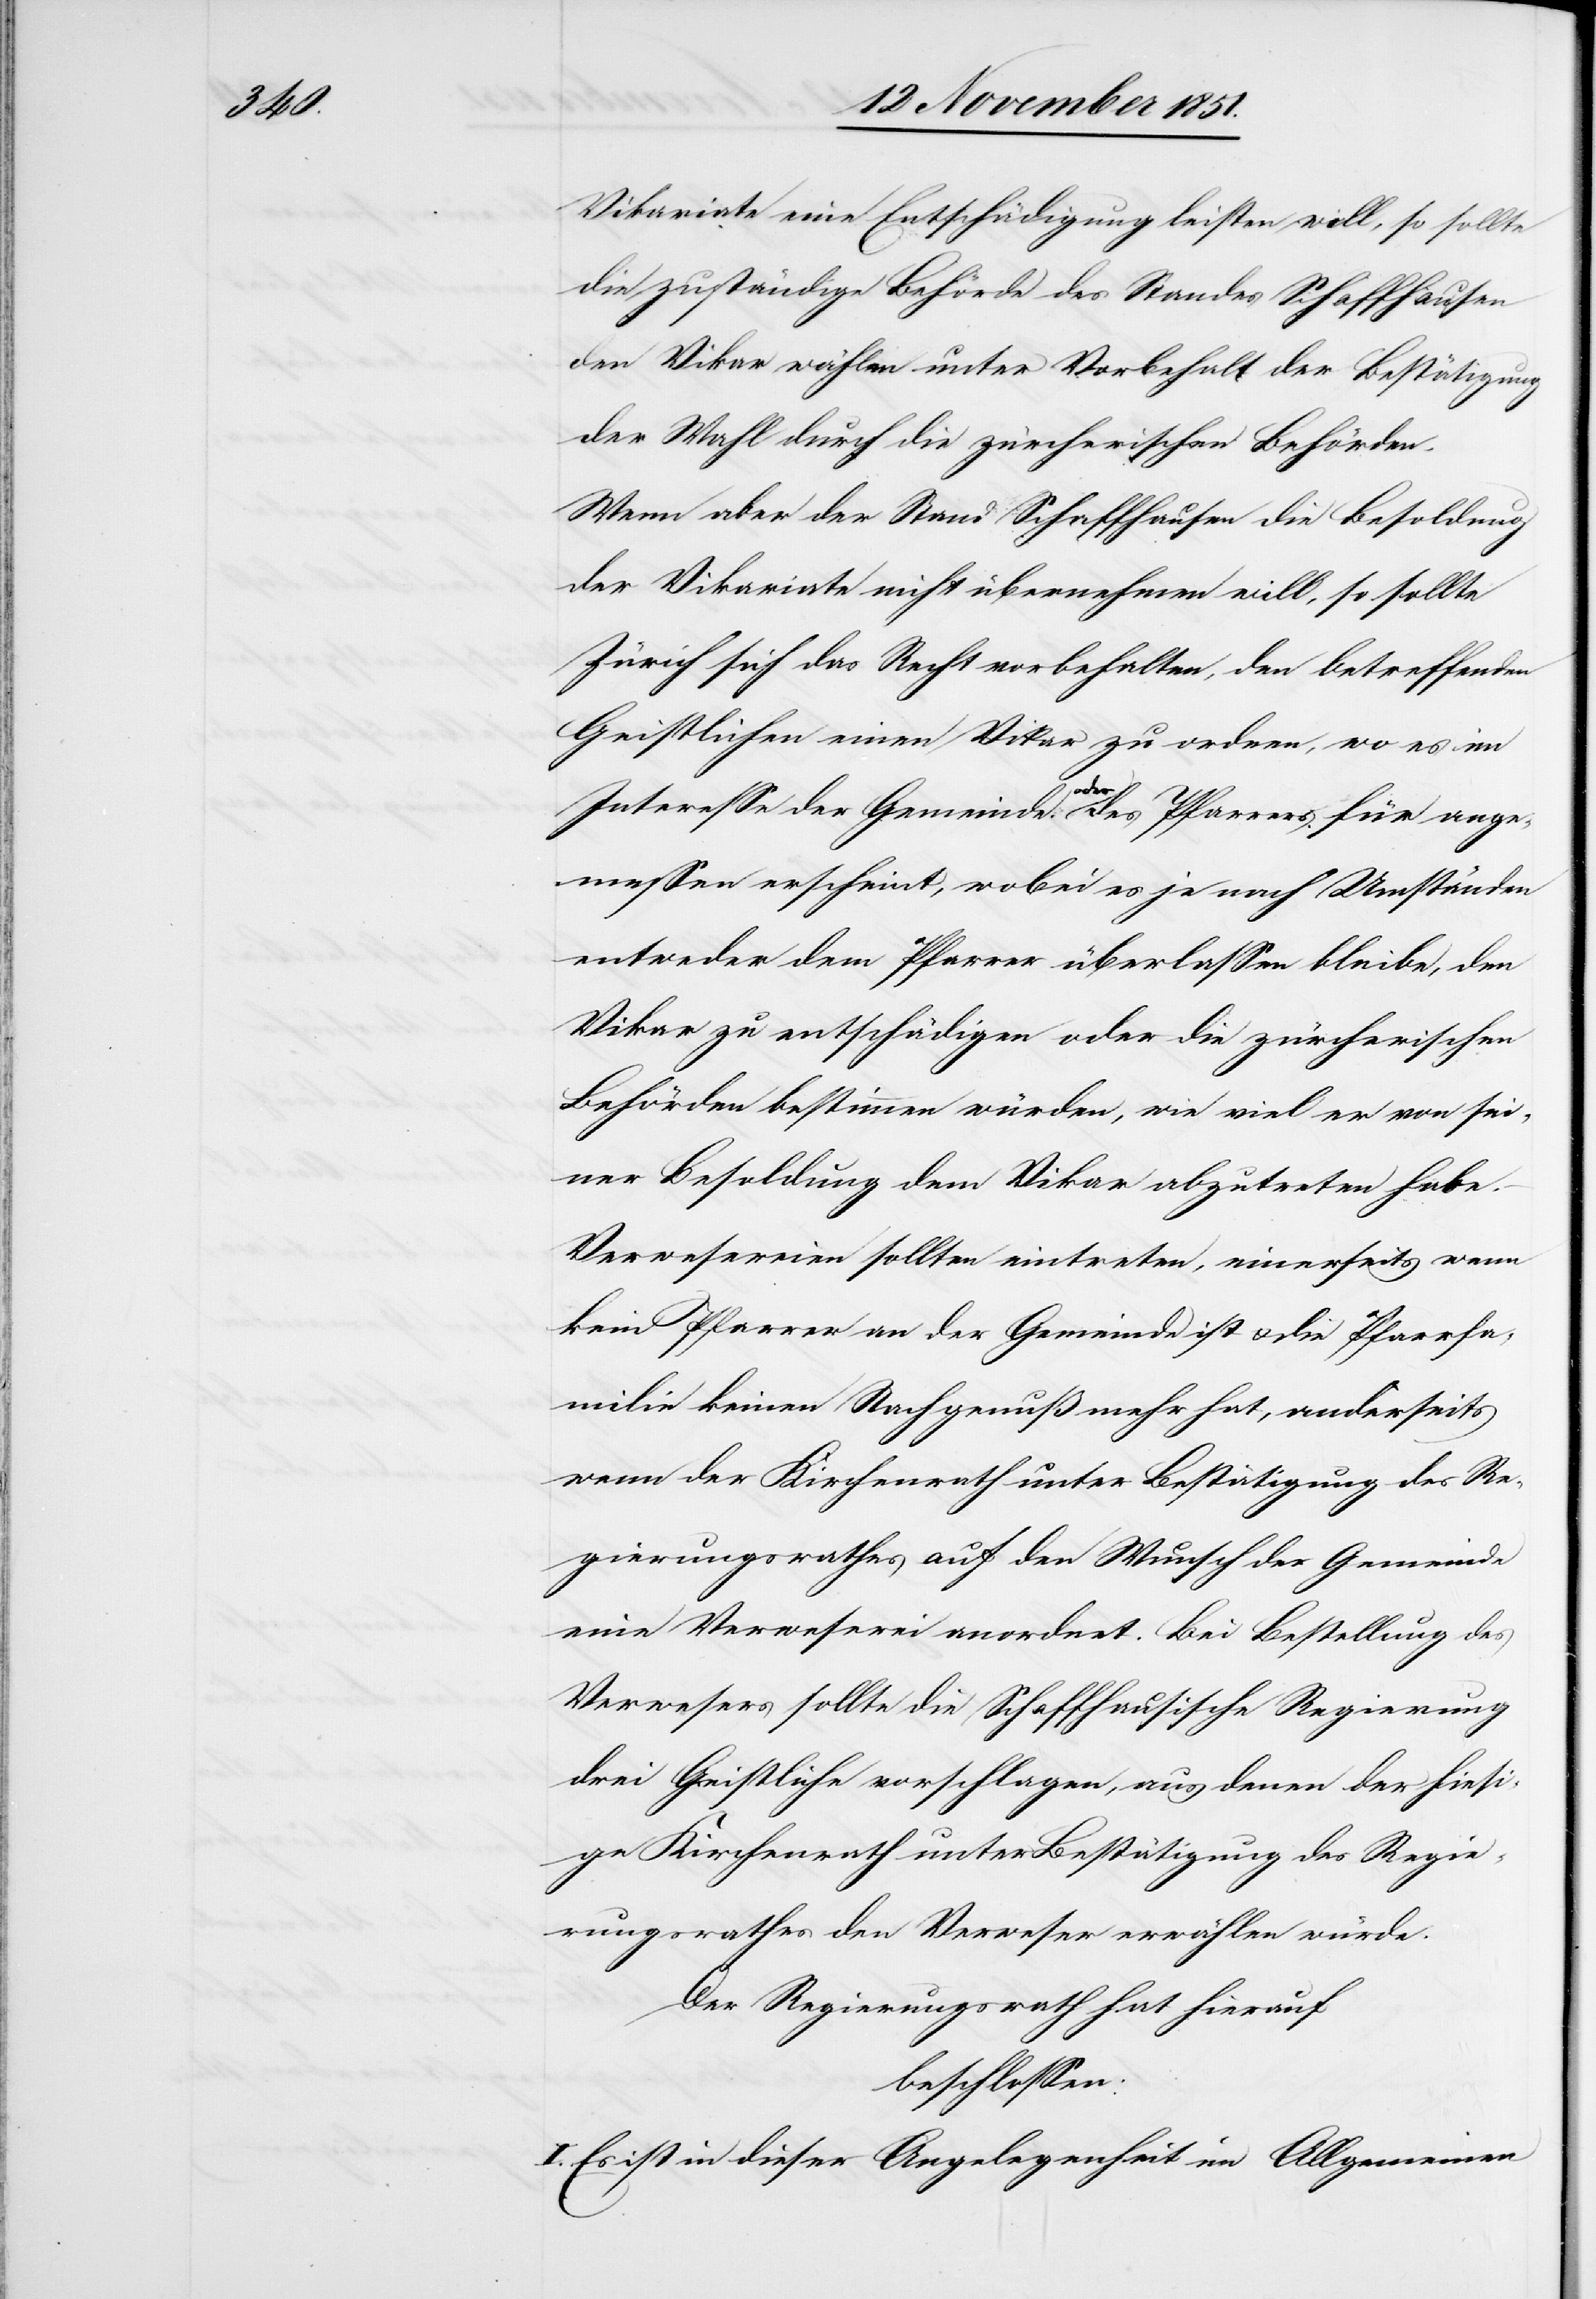
Vikariate eine Entschädigung leisten will, so sollte
die zuständige Behörde des Standes Schaffhausen
den Vikar wählen unter Vorbehalt der Bestätigung
der Wahl durch die zürcherischen Behörden.
Wenn aber der Stand Schaffhausen die Besoldung
der Vikariate nicht übernehmen will, so sollte
Zürich sich das Recht vorbehalten, den betreffenden
Geistlichen einen Vikar zu ordnen, wo es im
Interesse der Gemeinde oder des Pfarrers für ange¬
messen erscheint, wobei es je nach Umständen
entweder dem Pfarrer überlassen bleibe, den
Vikar zu entschädigen oder die zürcherischen
Behörden bestimmen würden, wie viel er von sei¬
ner Besoldung dem Vikar abzutreten habe.
Verwesereien sollten eintreten, einerseits wenn
kein Pfarrer an der Gemeinde ist & die Pfarrfa¬
milie keinen Nachgenuß mehr hat, anderseits
wenn der Kirchenrath unter Bestätigung des Re¬
gierungsrathes auf den Wunsch der Gemeinde
eine Verweserei anordnet. Bei Bestellung des
Verwesers sollte die Schaffhausische Regierung
drei Geistliche vorschlagen, aus denen der hiesi¬
ge Kirchenrath unter Bestätigung des Regie¬
rungsrathes den Verweser erwählen würde.
Der Regierungsrath hat hierauf
beschlossen:
I. Es ist in dieser Angelegenheit im Allgemeinen